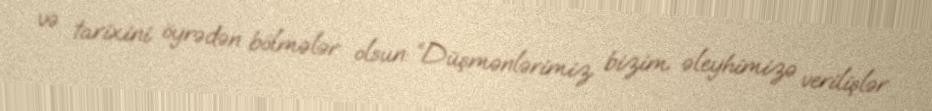
və tarixini öyrədən bölmələr olsun: “Düşmənlərimiz bizim əleyhimizə verilişlər